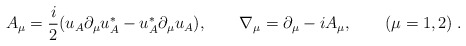
\begin{align*}A_\mu = \frac{i}{2}( u_A \partial_\mu u^*_A-u^*_A \partial_\mu u_A),\qquad \nabla_\mu = \partial_\mu - i A_\mu, \qquad (\mu = 1,2)\;.\end{align*}